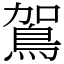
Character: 鴐